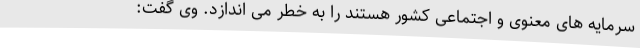
سرمایه های معنوی و اجتماعی کشور هستند را به خطر می اندازد. وی گفت: